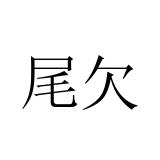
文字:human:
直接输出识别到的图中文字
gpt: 尾欠